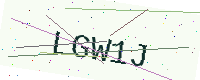
Text: LGW1J